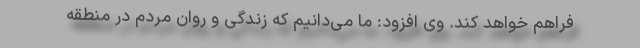
فراهم خواهد کند. وی افزود: ما می‌دانیم که زندگی و روان مردم در منطقه